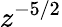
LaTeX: z^{-5/2}